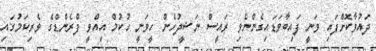
ދައުވާކޮށްފައި ވަނީ ފައިބާވަޑައިގެންނެވި ރައީސް ނަޝީދުހެން ހީވަނީ ހުކުމް އިއްވީ ފްރެންޑްގެ ވެރިކަމުގައި